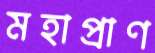
মহাপ্রাণ